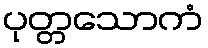
ပုတ္တသောကံ